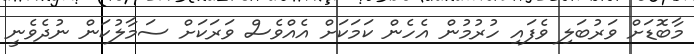
މާބޮޑަށް ވަރުބަލި ވެފައި ހުރުމުން އެހެން ކަމަކަށް އެއްވެސް ވަރަކަށް ސަމާލުކަން ނުދެވެނީ